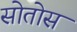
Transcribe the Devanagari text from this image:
सोतोस